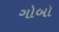
ગોબો